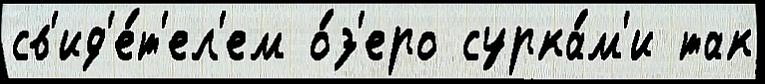
св'ид'е́т'ел'ем о́з'еро сурка́м'и так